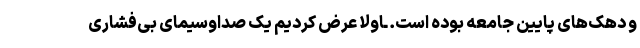
و دهک‌های پایین جامعه بوده است. ـاولاً عرض کردیم یک صداوسیمای بی‌فشاری